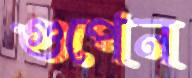
গুপেন